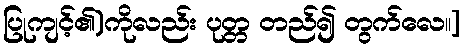
ပြုကျင့်၏)ကိုလည်း ပုတ္တ တည်၍ တွက်လေ။]